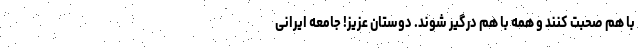
با هم صحبت کنند و همه با هم درگیر شوند. دوستان عزیز! جامعه ایرانی